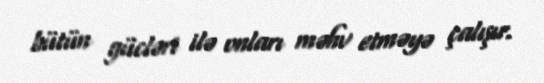
bütün gücləri ilə onları məhv etməyə çalışır.